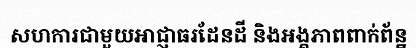
សហការជាមួយអាជ្ញាធរដែនដី និងអង្គភាពពាក់ព័ន្ឋ